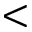
<